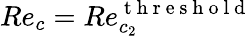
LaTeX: Re_{c}=Re_{c_{2}}^{\mathrm{~t~h~r~e~s~h~o~l~d~}}